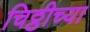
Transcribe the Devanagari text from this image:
चिठ्ठीच्या